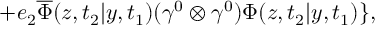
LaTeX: + e _ { 2 } \overline { { { \Phi } } } ( z , t _ { 2 } | y , t _ { 1 } ) ( { \gamma } ^ { 0 } \otimes { \gamma } ^ { 0 } ) { \Phi } ( z , t _ { 2 } | y , t _ { 1 } ) \} ,